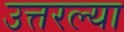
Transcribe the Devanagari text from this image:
उत्तरल्या